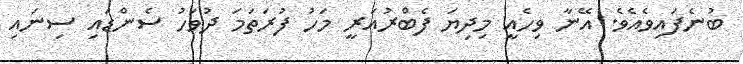
ބުނެފައިވެއެވެ. އޭނާ ވިހެއީ މިދިޔަ ފެބްރުއަރީ މަހު ފުރަތަމަ ދުވަހު ސެންޑައި ސިނައި